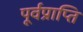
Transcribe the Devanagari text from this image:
पूर्वप्राप्ति